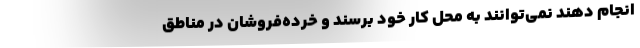
انجام دهند نمی‌توانند به محل کار خود برسند و خرده‌فروشان در مناطق